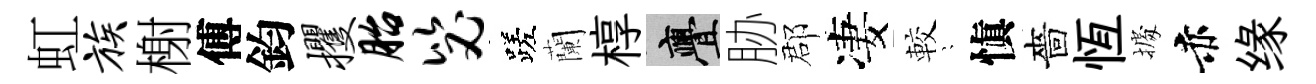
虹族榭傅鈞攫胎毖蹉蘭椁亹胁郡凄較隠愼嗇恆𢴃赤缘